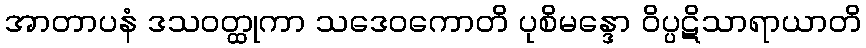
အာတာပနံ ဒသဝတ္ထုကာ သဒေဝကောတိ ပုစိမန္ဒော ဝိပ္ပဋိသာရာယာတိ